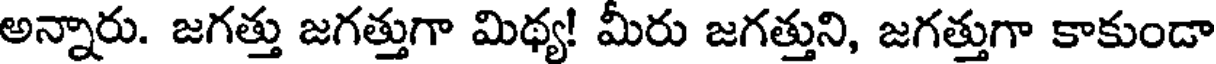
అన్నారు. జగత్తు జగత్తుగా మిథ్య! మీరు జగత్తుని, జగత్తుగా కాకుండా